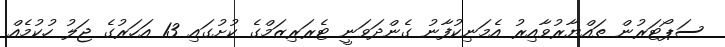
ސަޕޯޓަރުން ތައްޔާރުވާއިރު އެމަނިކުފާނު ގެންދަވަނީ ޓެރަރިޒަމްގެ ކުށުގައި 13 އަހަރުގެ ޖަލު ހުކުމެއް